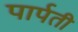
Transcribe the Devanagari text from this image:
पार्पती